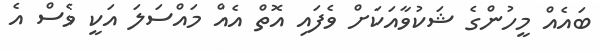
ބައެއް މީހުންގެ ޝަކުވާއަކަށް ވެފައި އޮތް އެއް މައްސަލަ އަކީ ވެސް އެ